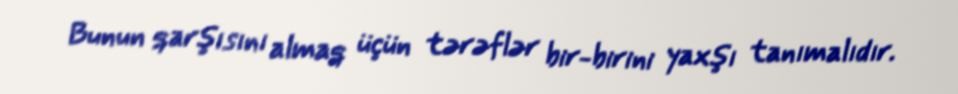
Bunun qarşısını almaq üçün tərəflər bir-birini yaxşı tanımalıdır.